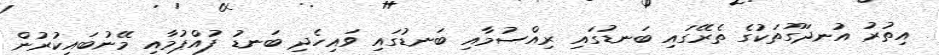
އިތުރު އުނދަގޫތަކުގެ ތެރޭގައި ބަނޑުގައި ރިއްސުމާއި ބަނޑުގައި ވައިހެދި ބަނޑު ފުއްޕުމާއި މޭނުބައިކުރުން